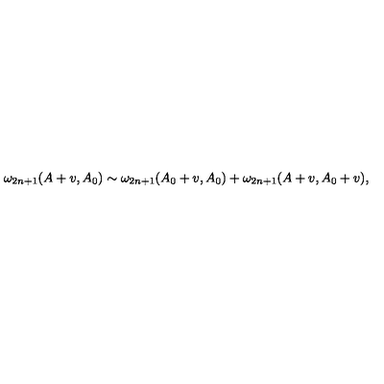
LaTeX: \omega _ { 2 n + 1 } ( A + v , A _ { 0 } ) \sim \omega _ { 2 n + 1 } ( A _ { 0 } + v , A _ { 0 } ) + \omega _ { 2 n + 1 } ( A + v , A _ { 0 } + v ) ,